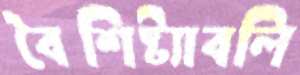
বৈশিষ্ট্যাবলি